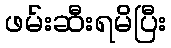
ဖမ်းဆီးရမိပြီး